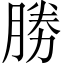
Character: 勝